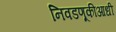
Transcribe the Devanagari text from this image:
निवडणूकीआधी